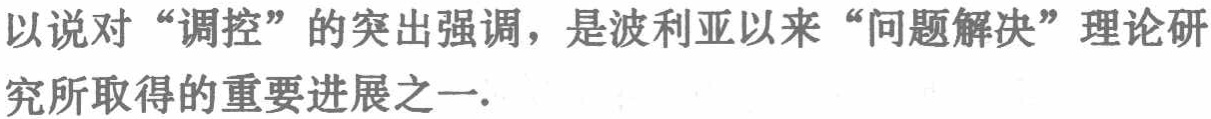
以说对“调控”的突出强调，是波利亚以来“问题解决”理论研究所取得的重要进展之一.